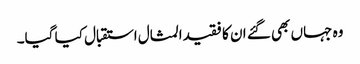
وہ جہاں بھی گئے ان کا فقیدالمثال استقبال کیا گیا۔